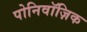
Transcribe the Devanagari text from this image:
पोनिवॉज़िक